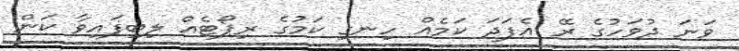
ވަނަ ދުވަހުގެ ރޭ އެފަދަ ކަމެއް ހިނގި ކަމުގެ ރިޕޯޓެއް ލިބިފައިވާ ކަން